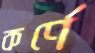
কর্ণে